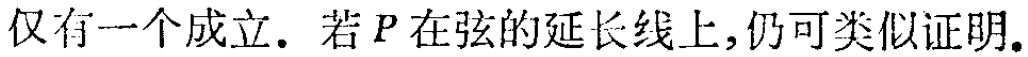
仅有一个成立. 若\(P\)在弦的延长线上,仍可类似证明.